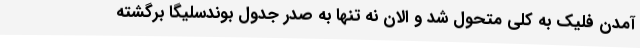
آمدن فلیک به کلی متحول شد و الان نه تنها به صدر جدول بوندسلیگا برگشته